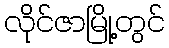
လိုင်ဇာမြို့တွင်